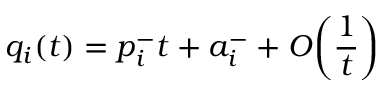
q _ { i } ( t ) = p _ { i } ^ { - } t + a _ { i } ^ { - } + O \biggl ( \frac { 1 } { t } \biggr )